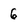
Character: 6